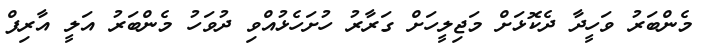
މެންބަރު ވަހީދާ ދެކޮޅަށް މަޖިލީހަށް ގަރާރު ހުށަހެޅުއްވި ދުވަހު މެންބަރު އަލީ އާރިފް